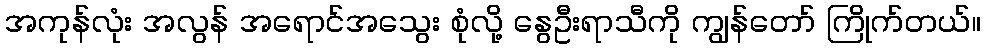
အကုန်လုံး အလွန် အရောင်အသွေး စုံလို့ နွေဦးရာသီကို ကျွန်တော် ကြိုက်တယ်။